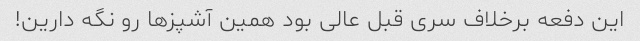
این دفعه برخلاف سری قبل عالی بود همین آشپز‌ها رو نگه دارین!